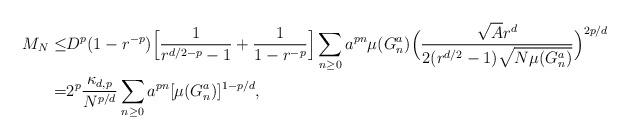
LaTeX: \begin{align*}M_N\leq & D^p(1-r^{-p})\Big[\frac1{r^{d/2-p}-1}+\frac1{1-r^{-p}}\Big]\sum_{n\geq 0}a^{pn} \mu(G^a_n) \Big(\frac{\sqrt A r^{d}}{2(r^{d/2}-1)\sqrt{N\mu(G_n^a)}}\Big)^{2p/d}\\=& 2^p \frac{\kappa_{d,p}}{N^{p/d}}\sum_{n\geq 0}a^{pn} [\mu(G^a_n)]^{1-p/d},\end{align*}